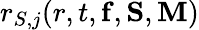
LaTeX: r_{S,j}(r,t,{\mathbf f},{\mathbf S},{\mathbf M})